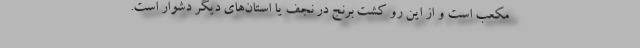
مکعب است و از این رو کشت برنج در نجف یا استان‌های دیگر دشوار است.